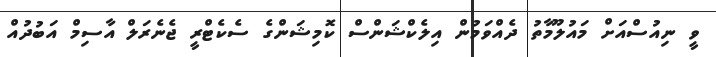
ވީ ނިއުސްއަށް މައުލޫމާތު ދެއްވަމުން އިލެކްޝަންސް ކޮމިޝަންގެ ސެކެޓްރީ ޖެނެރަލް އާސިމް އަބުދުއް